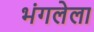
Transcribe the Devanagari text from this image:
भंगलेला